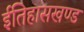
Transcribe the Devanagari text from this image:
ईतिहासखण्ड